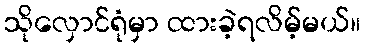
သိုလှောင်ရုံမှာ ထားခဲ့ရလိမ့်မယ်။